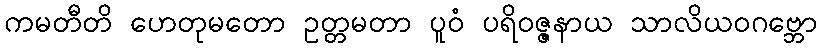
ကမတီတိ ဟေတုမတော ဥတ္တမတာ ပူဝံ ပရိဝဇ္ဇနာယ သာလိယဝဂဗ္ဘော